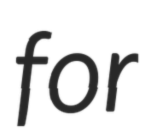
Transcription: for